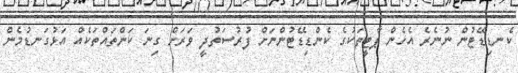
ކެނޑިޑޭޓުން ނުނެރެ އެހެން ޕާޓީތަކުގެ ކެންޑިޑޭޓުންނަށް ފުރުސަތުދީ ވަރަށް ގިނަ ކަންތައްތަކެއް އަޅުގަނޑުމެން